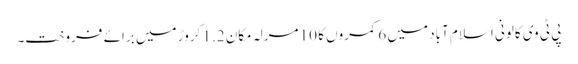
پی ٹی وی کالونی اسلام آباد میں 6 کمروں کا 10 مرلہ مکان 1.2 کروڑ میں برائے فروخت۔